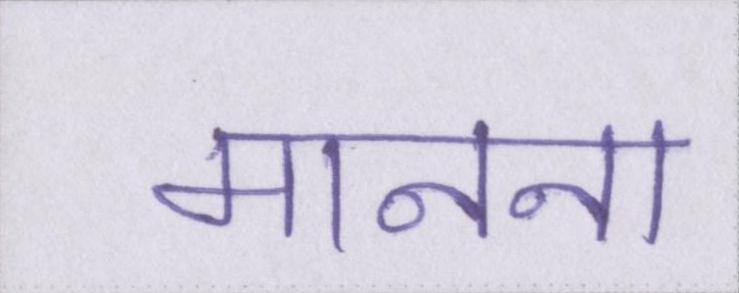
मानना